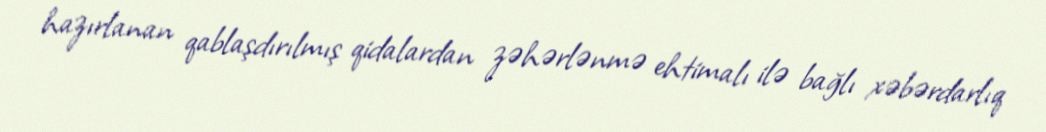
hazırlanan qablaşdırılmış qidalardan zəhərlənmə ehtimalı ilə bağlı xəbərdarlıq